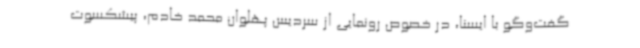
گفت‌وگو با ایسنا، در خصوص رونمایی از سردیس پهلوان محمد خادم، پیشکسوت